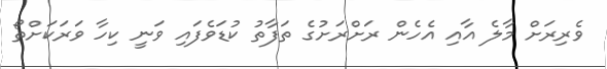
ވެރިރަށް މާލެ އާއި އެހެން ރަށްރަށުގެ ތަފާތު ކުޑަވެފައި ވަނީ ކިހާ ވަރަކަށްތޯ